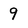
Character: 9